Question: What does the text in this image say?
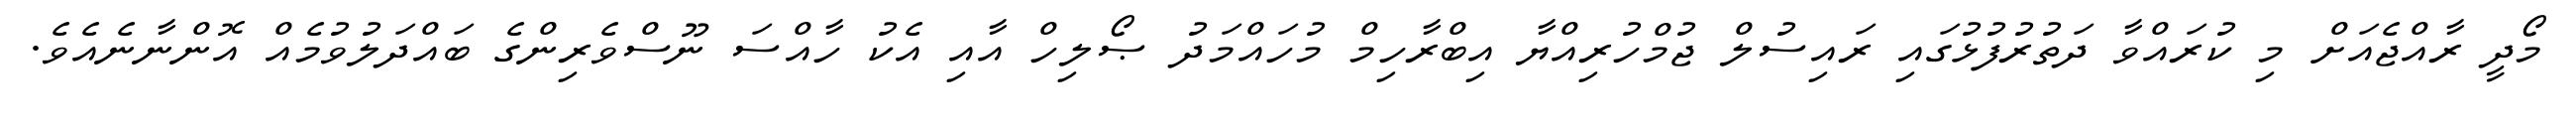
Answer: މޯދީ ރާއްޖެއަށް މި ކުރައްވާ ދަތުރުފުޅުގައި ރައިސުލް ޖުމްހުރިއްޔާ އިބްރާހިމް މުހައްމަދު ޞޯލިހް އާއި އެކު ހާއްސަ ނޫސްވެރިންގެ ބައްދަލުވުމެއް އޮންނާނެއެވެ.